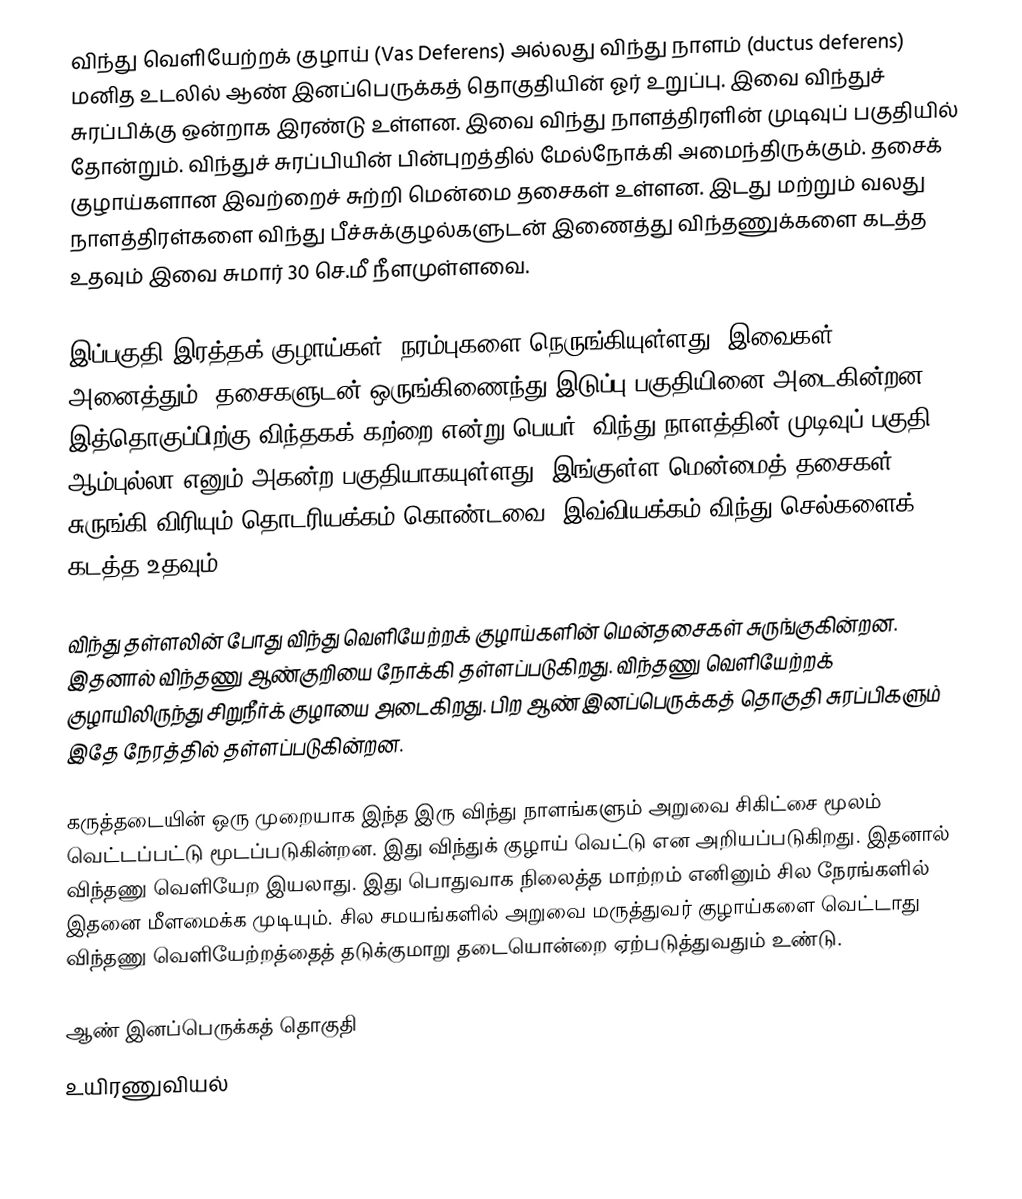
விந்து வெளியேற்றக் குழாய்  (Vas Deferens) அல்லது  விந்து நாளம் (ductus deferens) மனித உடலில் ஆண் இனப்பெருக்கத் தொகுதியின் ஓர் உறுப்பு.   இவை விந்துச் சுரப்பிக்கு ஒன்றாக இரண்டு உள்ளன.  இவை விந்து நாளத்திரளின் முடிவுப் பகுதியில் தோன்றும். விந்துச் சுரப்பியின் பின்புறத்தில் மேல்நோக்கி அமைந்திருக்கும். தசைக் குழாய்களான இவற்றைச் சுற்றி மென்மை தசைகள் உள்ளன.  இடது மற்றும் வலது நாளத்திரள்களை  விந்து பீச்சுக்குழல்களுடன் இணைத்து விந்தணுக்களை கடத்த உதவும் இவை சுமார் 30 செ.மீ நீளமுள்ளவை.

இப்பகுதி இரத்தக் குழாய்கள், நரம்புகளை நெருங்கியுள்ளது. இவைகள் அனைத்தும், தசைகளுடன் ஒருங்கிணைந்து இடுப்பு பகுதியினை அடைகின்றன. இத்தொகுப்பிற்கு விந்தகக் கற்றை என்று பெயர். விந்து நாளத்தின் முடிவுப் பகுதி ஆம்புல்லா எனும் அகன்ற பகுதியாகயுள்ளது. இங்குள்ள மென்மைத் தசைகள் சுருங்கி-விரியும் தொடரியக்கம் கொண்டவை. இவ்வியக்கம் விந்து செல்களைக் கடத்த உதவும்.

விந்து தள்ளலின் போது விந்து வெளியேற்றக் குழாய்களின் மென்தசைகள் சுருங்குகின்றன. இதனால் விந்தணு ஆண்குறியை நோக்கி தள்ளப்படுகிறது. விந்தணு வெளியேற்றக் குழாயிலிருந்து சிறுநீர்க் குழாயை அடைகிறது. பிற ஆண் இனப்பெருக்கத் தொகுதி சுரப்பிகளும் இதே நேரத்தில் தள்ளப்படுகின்றன.

கருத்தடையின் ஒரு முறையாக இந்த இரு விந்து நாளங்களும் அறுவை சிகிட்சை மூலம் வெட்டப்பட்டு மூடப்படுகின்றன. இது விந்துக் குழாய் வெட்டு என அறியப்படுகிறது. இதனால் விந்தணு வெளியேற இயலாது. இது பொதுவாக நிலைத்த மாற்றம் எனினும் சில நேரங்களில் இதனை மீளமைக்க முடியும். சில சமயங்களில் அறுவை மருத்துவர் குழாய்களை வெட்டாது விந்தணு வெளியேற்றத்தைத் தடுக்குமாறு தடையொன்றை ஏற்படுத்துவதும் உண்டு.

ஆண் இனப்பெருக்கத் தொகுதி
உயிரணுவியல்